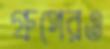
গ্রুপেরও